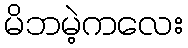
မိဘမဲ့ကလေး